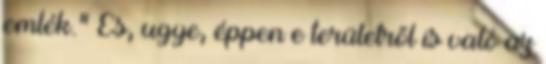
emlék." És, ugye, éppen e területről is való az